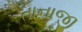
તાનાજી